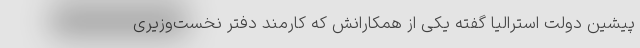
پیشین دولت استرالیا گفته یکی از همکارانش که کارمند دفتر نخست‌وزیری